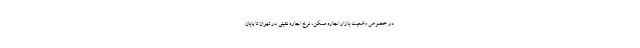
در خصوص وضعیت بازار اجاره مسکن، نرخ اجاره نشینی در تهران تا پایان